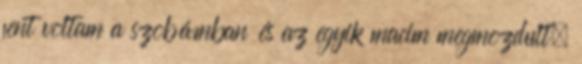
fent voltam a szobámban és az egyik macim megmozdult,